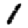
Digit: 1